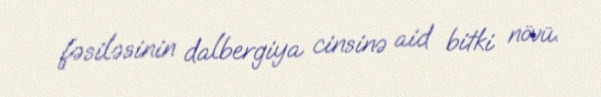
fəsiləsinin dalbergiya cinsinə aid bitki növü.